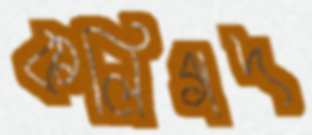
কলিগদ